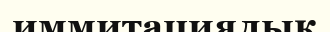
иммитациялық